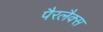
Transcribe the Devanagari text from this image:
पैरलैक्स